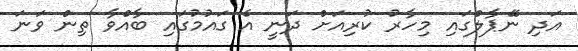
އަދި ނޭޕާލްގައި މިހާރު ކުރިއަށް ދަނީ އެ ގައުމުގައި ބާއްވާ ތިން ވަނަ